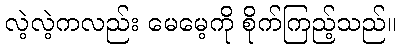
လဲ့လဲ့ကလည်း မေမေ့ကို စိုက်ကြည့်သည်။